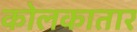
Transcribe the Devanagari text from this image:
कोलकातार